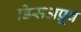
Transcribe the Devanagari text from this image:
डिसअप्रूव